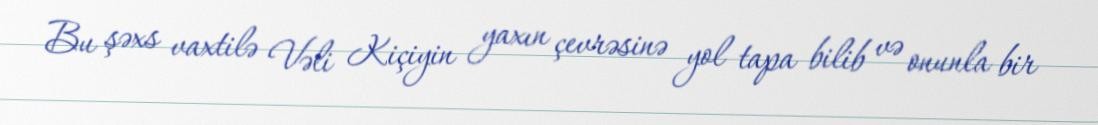
Bu şəxs vaxtilə Vəli Kiçiyin yaxın çevrəsinə yol tapa bilib və onunla bir